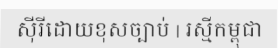
ស៊ីរីដោយខុសច្បាប់ | រស្មីកម្ពុជា